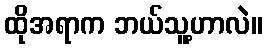
ထိုအရာက ဘယ်သူ့ဟာလဲ။